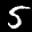
Label: 5